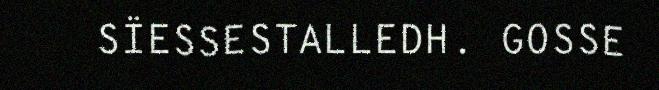
SÏESSESTALLEDH. GOSSE